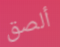
ألصق